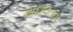
અદાલતનો